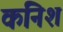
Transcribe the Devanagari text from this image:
कनिश